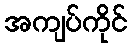
အကျပ်ကိုင်